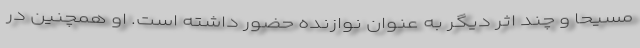
مسیحا و چند اثر دیگر به عنوان نوازنده حضور داشته است. او همچنین در